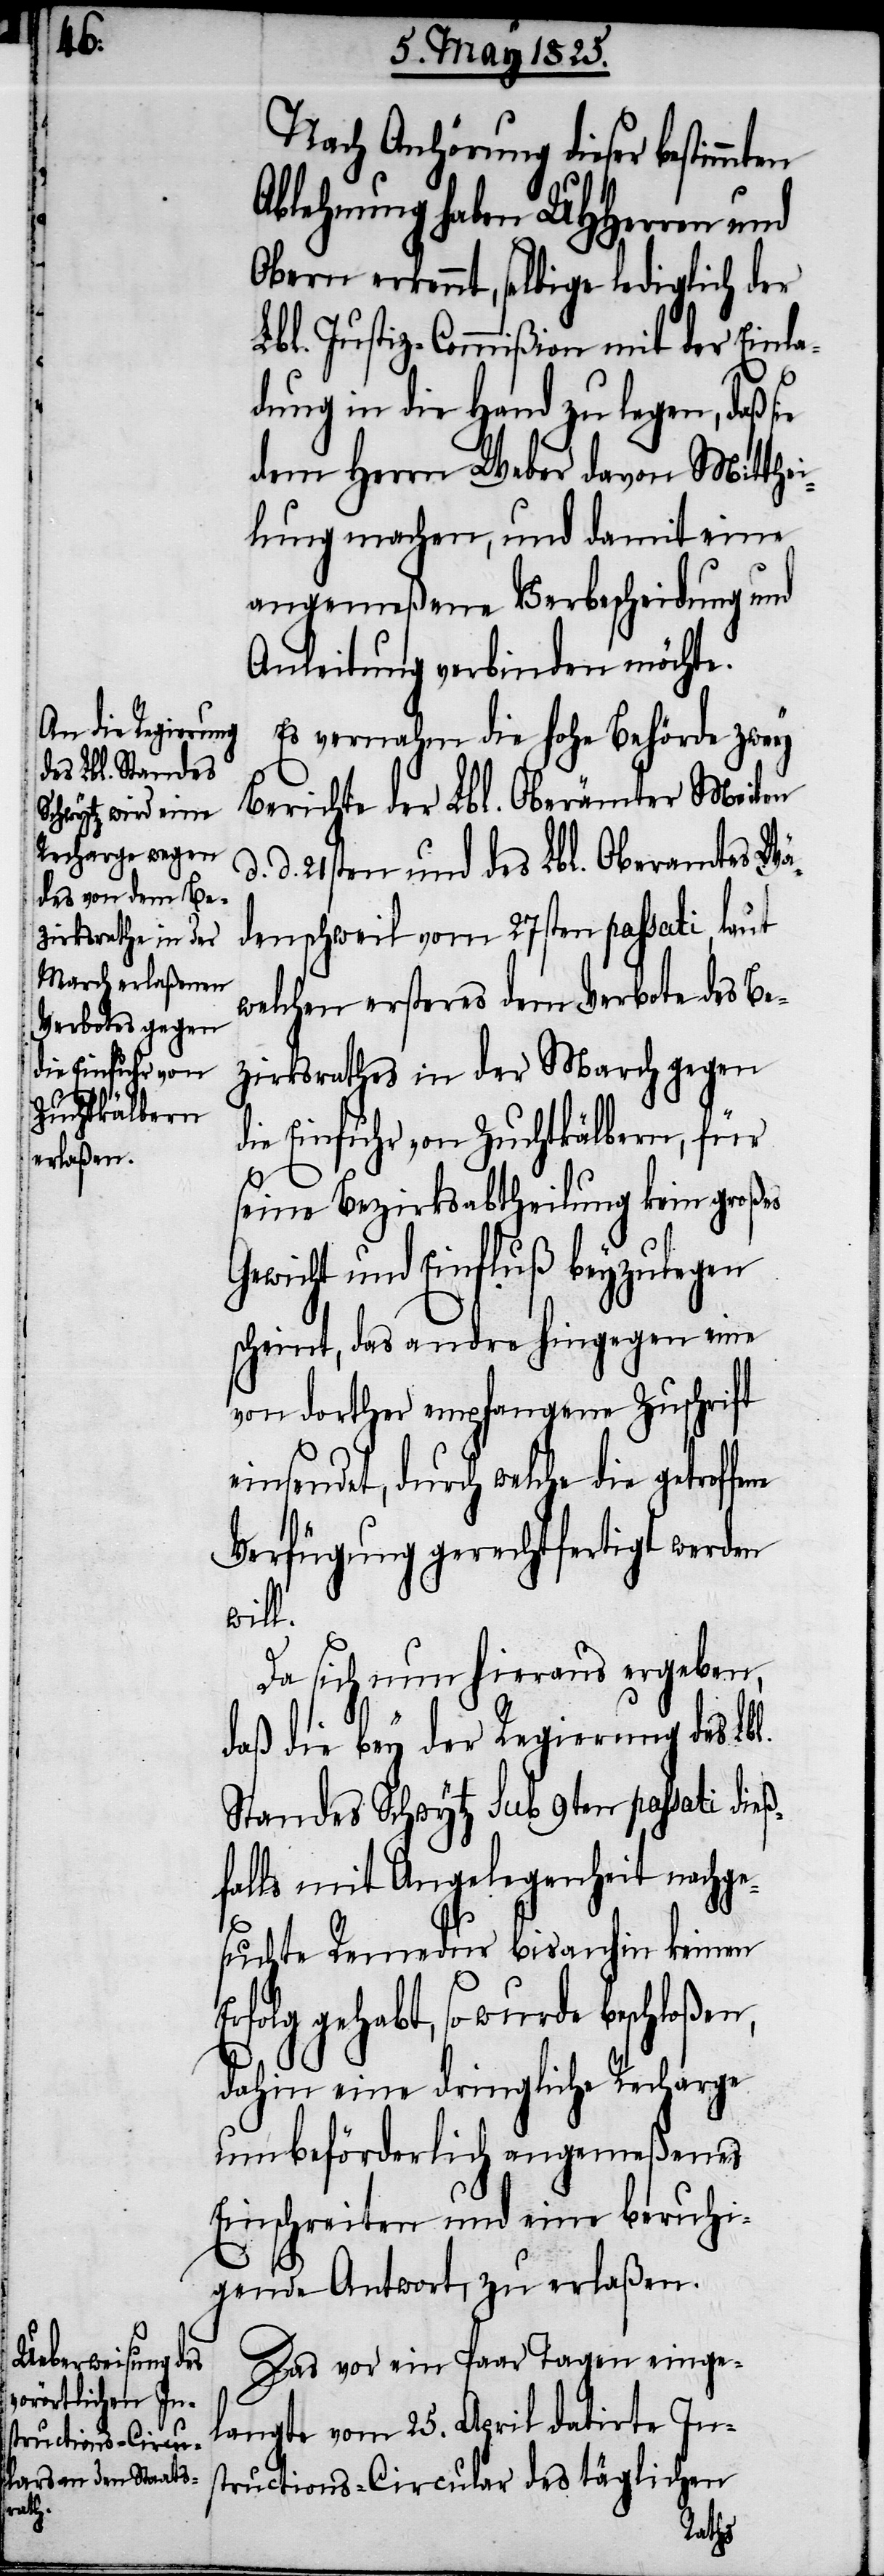
Er¬

Nach Anhörung dieser bestimmten
Ablehnung haben UHHerren und
Obern erkennt, selbige lediglich der
Lbl. Justiz-Commißion mit der Einla¬
dung in die Hand zu legen, daß
dem Herrn Weber davon Mitthei¬
lung machen, und damit eine
angemeßene Verbscheidung und
Anleitung verbinden möchte.
Es vernahm die hohe Behörde zwey
Berichte der Lbl. Oberämter Meilen
d. 21sten und des Lbl. Oberamtes Wä¬
denschweil vom 27sten passati laut
welchen ersteres dem Verbote des Be¬
zirksrathes in der March gegen
die Einfuhr von Zuchtkälbern, für
seine Bezirksabtheilung kein großes
ewicht und Einfluß beyzulegen
scheint, das andre hingegen eine
von dorther empfangene Zuschrift
einsendet, durch welche die
Verfügung gerechtfertigt werden
will.
Da sich nun hieraus ergeben,
daß die bey der Regierung des Lbl.
Standes Schwytz sub 9ten passati dieß¬
falls mit Angelegenheit nachge¬
suchte Remedur bis anhin keinen
folg gehabt, so wurde beschloßen,
dahin eine dringliche Recharge
um beförderlich angemeßenes
Einschreiten und eine beruhi¬
gende Antwort, zu erlaßen.
Das vor ein Paar Tagen einge¬
langte vom 25. April datirte In¬
structions-Circular des täglichen